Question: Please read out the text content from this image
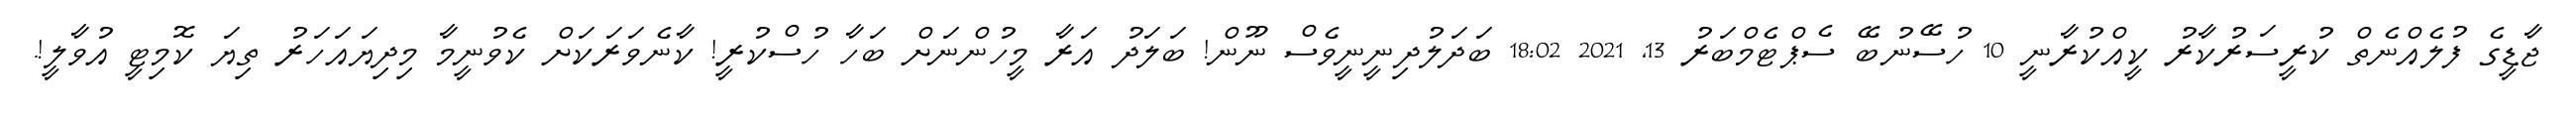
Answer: ޖާޑީގެ ފުލެއްނެތް ކުރީސަރުކާރު ކީއްކުރާނީ 10 ހުސޭނުބޭ ސެޕްޓެމްބަރު 13, 2021 18:02 ބަދަލުދިނީނީވެސް ނޫން! ބަލަދު އަރާ މީހުންނަށް ބަހާ ހުސްކުރީ! ކާނެވަރަކަށް ކެވުނީމާ މިދިޔައަހަރު ތިޔަ ކޮމިޓީ އުވާލީ!.